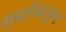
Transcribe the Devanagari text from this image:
मुबईपासुन